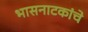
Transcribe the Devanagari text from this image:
भासनाटकांचे